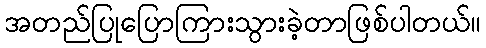
အတည်ပြုပြောကြားသွားခဲ့တာဖြစ်ပါတယ်။